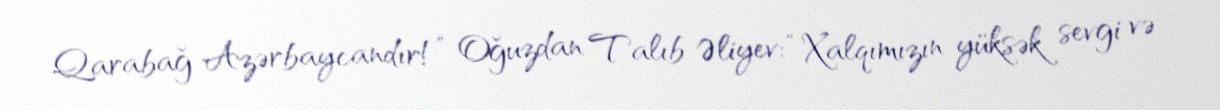
Qarabağ Azərbaycandır!” Oğuzdan Talıb Əliyev: “Xalqımızın yüksək sevgi və